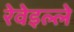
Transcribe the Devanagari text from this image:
रेवेइल्ले